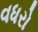
વધરો